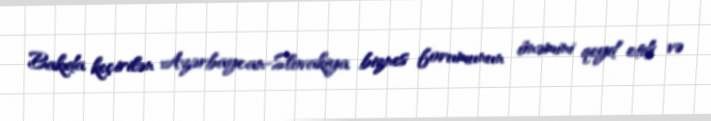
Bakıda keçirilən Azərbaycan-Slovakiya biznes forumunun önəmini qeyd etdi və